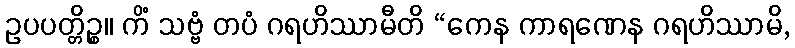
ဥပပတ္တိဉ္စ။ ကိံ သဗ္ဗံ တပံ ဂရဟိဿာမီတိ “ကေန ကာရဏေန ဂရဟိဿာမိ,